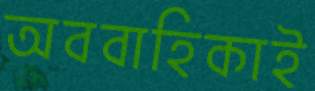
অববাহিকাই